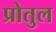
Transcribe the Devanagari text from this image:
प्रोतुल